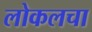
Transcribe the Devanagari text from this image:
लोकलचा